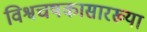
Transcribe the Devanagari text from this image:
विश्वचषकासारख्या